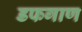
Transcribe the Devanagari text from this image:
डफगाण